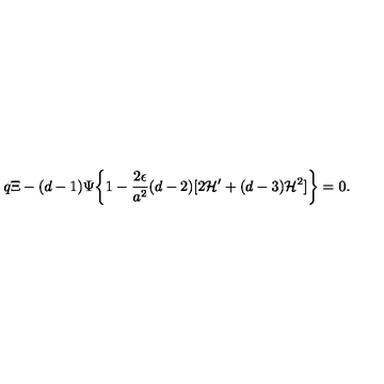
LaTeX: q \Xi - ( d - 1 ) \Psi \biggl \{ 1 - \frac { 2 \epsilon } { a ^ { 2 } } ( d - 2 ) [ 2 { \cal H } ^ { \prime } + ( d - 3 ) { \cal H } ^ { 2 } ] \biggr \} = 0 .